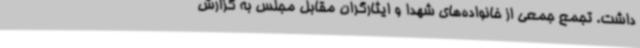
داشت. تجمع جمعی از خانواده‌های شهدا و ایثارگران مقابل مجلس به گزارش